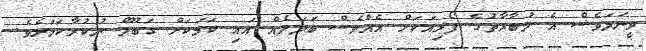
ވީނަމަވެސް އެ މުބާރާތުގެ ފޯރިއަކަށް އެއްވެސް ބަދަލެއް އައި ކަމަކަށް ގަބޫލް ނުކުރާކަމަށެވެ.